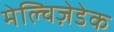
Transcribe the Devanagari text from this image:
मेल्चिज़ेडेक